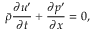
\bar { \rho } \frac { \partial u ^ { \prime } } { \partial t } + \frac { \partial p ^ { \prime } } { \partial x } = 0 ,